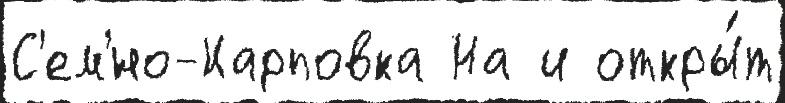
С'ем'́но-Карповка На и откры́т